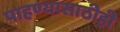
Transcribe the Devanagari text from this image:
पाहण्यासाठीही